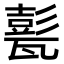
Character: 甏